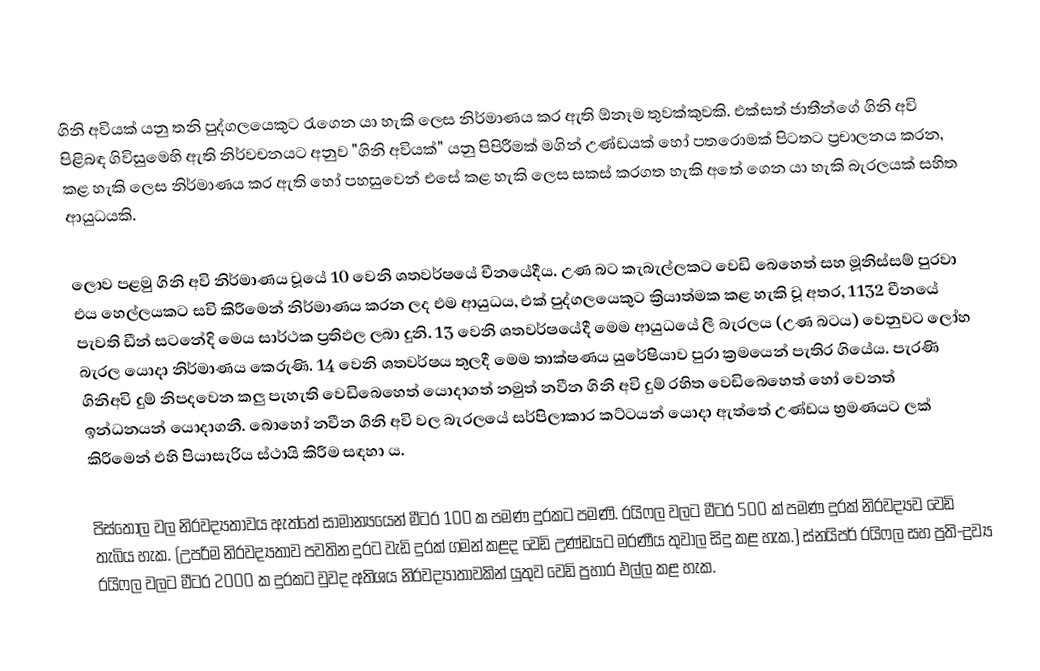
ගිනි අවියක් යනු තනි පුද්ගලයෙකුට රැගෙන යා හැකි ලෙස නිර්මාණය කර ඇති ඕනෑම තුවක්කුවකි. එක්සත් ජාතීන්ගේ ගිනි අවි පිළිබඳ ගිවිසුමෙහි ඇති නිර්වචනයට අනුව "ගිනි අවියක්" යනු පිපිරීමක් මගින් උණ්ඩයක් හෝ පතරොමක් පිටතට ප්‍රචාලනය කරන, කළ හැකි ලෙස නිර්මාණය කර ඇති හෝ පහසුවෙන් එසේ කළ හැකි ලෙස සකස් කරගත හැකි අතේ ගෙන යා හැකි බැරලයක් සහිත ආයුධයකි.

ලොව පළමු ගිනි අවි නිර්මාණය වූයේ 10 වෙනි ශතවර්ෂයේ චීනයේදීය. උණ බට කැබැල්ලකට වෙඩි බෙහෙත් සහ මූනිස්සම් පුරවා එය හෙල්ලයකට සවි කිරීමෙන් නිර්මාණය කරන ලද එම ආයුධය, එක් පුද්ගලයෙකුට ක්‍රියාත්මක කළ හැකි වූ අතර, 1132 චීනයේ පැවති ඩීන් සටනේදි මෙය සාර්ථක ප්‍රතිඵල ලබා දුනි. 13 වෙනි ශතවර්ෂයේදී මෙම ආයුධයේ ලී බැරලය (උණ බටය) වෙනුවට ලෝහ බැරල යොදා නිර්මාණය කෙරුණි. 14 වෙනි ශතවර්ෂය තුලදී මෙම තාක්ෂණය යුරේෂියාව පුරා ක්‍රමයෙන් පැතිර ගියේය. පැරණි ගිනිඅවි දුම් නිපදවෙන කලු පැහැති වෙඩිබෙහෙත් යොදාගත් නමුත් නවීන ගිනි අවි දුම් රහිත වෙඩිබෙහෙත් හෝ වෙනත් ඉන්ධනයන් යොදාගනී. බොහෝ නවීන ගිනි අවි වල බැරලයේ සර්පිලාකාර කට්ටයන් යොදා ඇත්තේ උණ්ඩය භ්‍රමණයට ලක් කිරීමෙන් එහි පියාසැරිය ස්ථායි කිරීම සඳහා ය.

පිස්තෝල වල නිරවද්‍යතාවය ඇත්තේ සාමාන්‍යයෙන් මීටර 100 ක පමණ දුරකට පමණි. රයිෆල වලට මීටර 500 ක් පමණ දුරක් නිරවද්‍යව වෙඩි තැබිය හැක. (උපරිම නිරවද්‍යතාව පවතින දුරට වැඩි දුරක් ගමන් කළද වෙඩි උණ්ඩයට මරණීය තුවාල සිදු කළ හැක.) ස්නයිපර් රයිෆල සහ ප්‍රති-ද්‍රව්‍ය රයිෆල වලට මීටර 2000 ක දුරකට වුවද අතිශය නිරවද්‍යාතාවකින් යුතුව වෙඩි ප්‍රහාර එල්ල කළ හැක.